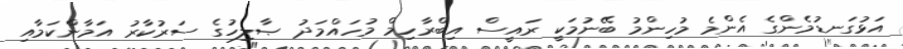
އަޅުގަނޑުމެންގެ އެންމެ މުހިންމު ބޭނުމަކީ ރައީސް އިބްރާހިމް މުހައްމަދު ޞާލިހުގެ ސަރުކާރު އަމާންކަމާއި